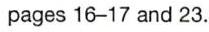
pages 16-17 and 23.